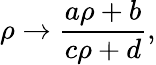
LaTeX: \rho\rightarrow\frac{a\rho+b}{c\rho+d},